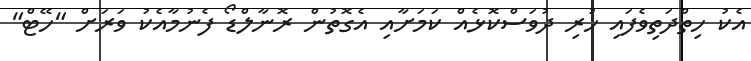
އެކު ހިތްދަތިވެފައި ހުރި ދުވަސްކޮޅެއް ކަމަށާއި އެގޮތުން ރޮނާލްޑޯ ފެނުމާއެކު ވަރަށް "ހޭޓް"